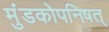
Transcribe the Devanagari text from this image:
मुंडकोपनिषत्